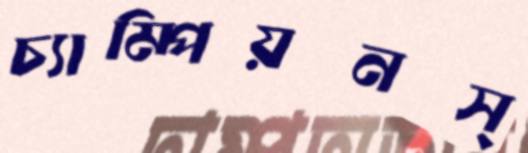
চ্যাম্পিয়নস্